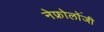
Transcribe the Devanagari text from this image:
नेफ्रोलॉंजी